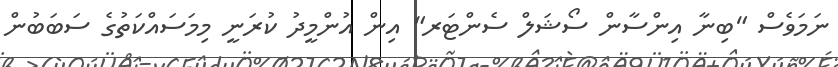
ނަމަވެސް "ބިނާ އިންސާން ސޯޝަލް ސެންޓަރ" އިން އުންމީދު ކުރަނީ މިމަސައްކަތުގެ ސަބަބުން